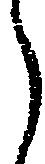
う